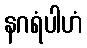
နဂရံပါဟံ